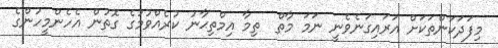
މިފަދަކަންތަކަށް އަރައިގަނެވެނީ ނަމަ މާތް  ތިމާ އިމްތިޙާނު ކުރެއްވުމުގެ ގޮތުން އެހެންމީހުންގެ